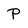
Character: P